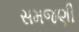
સમજણી